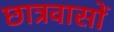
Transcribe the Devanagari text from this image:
छात्रवासों